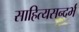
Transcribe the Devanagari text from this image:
साहित्यसन्दर्भ